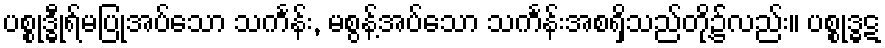
ပစ္စုဒ္ဓီုရ်မပြုအပ်သော သင်္ကန်း, မစွန့်အပ်သော သင်္ကန်းအစရှိသည်တို့၌လည်း။ ပစ္စုဒ္ဓဋ